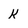
Character: k